Indian journal of veterinary science and animal husbandry - Volume 7,
Year: 1937
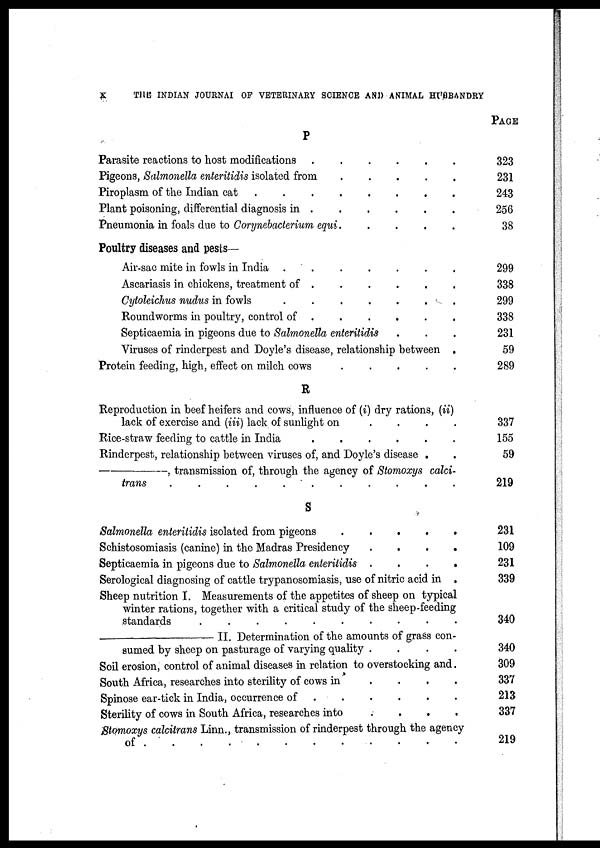
X
THE
INDIAN JOURNAL OF VETERINARY SCIENCE AND ANIMAL HUSBANDRY
P
Parasite reactions to host modifications
.
.
.
.
.
.
Pigeons, Salmonella enteritidis isolated from . . . . .
Piroplasm of the Indian cat
.
.
.
.
.
.
.
.
Plant poisoning, differential diagnosis in . . . . . .
Pneumonia in foals due to Corynebacterium equi . . . . . .
Poultry diseases and pests—
Air-sac mite in fowls in India
.
.
.
.
.
.
.
Ascariasis in chickens, treatment of . . . . . .
Cytoleichus nudus in fowls
.
.
.
.
.
.
.
Roundworms in poultry, control of
.
.
.
.
.
.
Septicaemia in pigeons due to Salmonella enteritidis . . .
Viruses of rinderpest and Doyle's disease, relationship between .
Protein feeding, high, effect on milch cows . . . . .
R
Reproduction in beef heifers and cows, influence of (i) dry rations, (ii)
lack of exercise and (iii) lack of sunlight on . . . .
Rice-straw feeding to cattle in India
.
.
.
.
.
.
Rinderpest, relationship between viruses of, and Doyle's disease . .
—————, transmission of, through the agency of Stomoxys calci-
trans . . . . . . . . . . .
S
Salmonella enteritidis isolated from pigeons . . . . .
Schistosomiasis (canine) in the Madras Presidency . . . .
Septicaemia in pigeons due to Salmonella enteritidis . . . .
Serological diagnosing of cattle trypanosomiasis, use of nitric acid in .
Sheep nutrition I. Measurements of the appetites of sheep on typical
winter rations, together with a critical study of the sheep-feeding
standards
.
.
.
.
.
.
.
.
.
.
.
.
———————II.
Determination of the amounts of grass con-
sumed by sheep on pasturage of varying quality . . . .
Soil erosion, control of animal diseases in relation to overstocking and.
South Africa, researches into sterility of cows in . . . .
Spinose ear-tick in India, occurrence of
.
.
.
.
.
.
Sterility of cows in South Africa, researches into . . . .
Stomoxys calcitrans Linn., transmission of rinderpest through the agency
of . . . . . . . . . . . .
PAGE
323
231
243
256
38
299
338
299
338
231
59
289
337
155
59
219
231
109
231
339
340
340
309
337
213
337
219